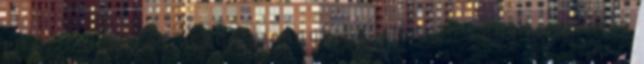
eltérítették az eredeti iránytól - amit én egyáltalán nem